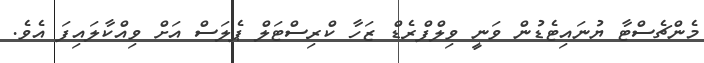
މެންޗެސްޓާ ޔުނައިޓެޑުން ވަނީ ވިލްފްރެޑް ޒަހާ ކްރިސްޓަލް ޕެލަސް އަށް ވިއްކާލައިފަ އެވެ.